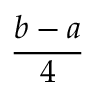
\frac { b - a } { 4 }